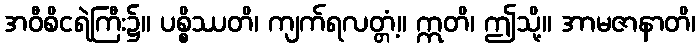
အဝီစိငရဲကြီး၌။ ပစ္စိဿတိ၊ ကျက်ရလတ္တံ့။ ဣတိ၊ ဤသို့။ အာမဇာနာတိ၊